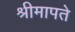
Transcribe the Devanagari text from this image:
श्रीमापते